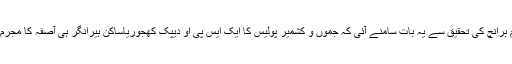
کرائم برانچ کی تحقیق سے یہ بات سامنے آئی کہ جموں و کشمیر پولیس کا ایک ایس پی او دیپک کھجوریاساکن ہیرانگر ہی آصفہ کا مجرم ہے۔